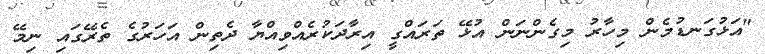
"އަޅުގަނޑުމެން މިހާރު މިގެންނަން އުޅޭ ތަރައްގީ އިރާދަކުރެއްވިއްޔާ ދެތިން އަހަރުގެ ތެރޭގައި ނިމޭ